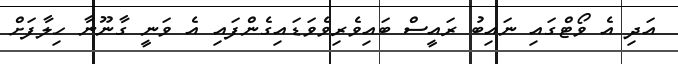
އަދި އެ ވޯޓްގައި ނައިބު ރައީސް ބައިވެރިވެވަޑައިގެންފައި އެ ވަނީ ގާނޫނާ ހިލާފަށް